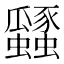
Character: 瓥